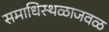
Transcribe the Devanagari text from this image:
समाधिस्थळाजवळ